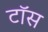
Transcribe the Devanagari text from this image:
टाॅस